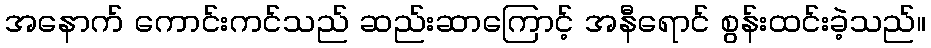
အနောက် ကောင်းကင်သည် ဆည်းဆာကြောင့် အနီရောင် စွန်းထင်းခဲ့သည်။